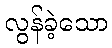
လွန်ခဲ့သော